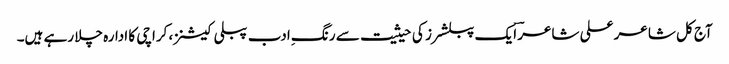
آج کل شاعر علی شاعرؔ ایک پبلشرز کی حیثیت سے رنگِ ادب پبلی کیشنز، کراچی کا ادارہ چلا رہے ہیں۔